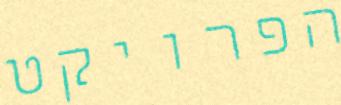
הפרויקט